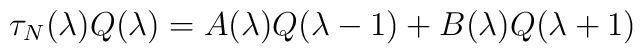
\tau_N(\lambda )Q(\lambda )=A(\lambda)Q(\lambda -1)+B(\lambda)Q(\lambda +1)